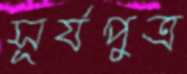
সূর্যপুত্র